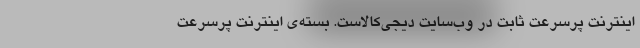
اینترنت پرسرعت ثابت در وب‌سایت دیجی‌کالاست. بسته‌ی اینترنت پرسرعت